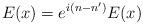
LaTeX: \begin{gather*}E(x)=e^{i(n-n')}E(x)\end{gather*}